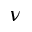
\nu